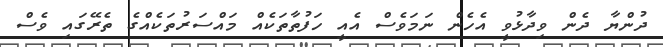
ދުންޔާ ދެން ވިދާޅުވީ އެހެން ނަމަވެސް އެއީ ހަފުތާތަކެއް މައްސަރުތަކެއްގެ ތެރޭގައި ވެސް